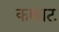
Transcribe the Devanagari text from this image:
कक्काट